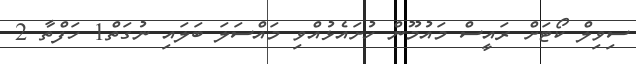
ސިވިލް ކޯޓަށް ރައީސް މައުމޫން ހުށައެޅުއްވި މައްސަލަ ބަލައި ނުގަތް1 ހަފްތާ 2